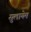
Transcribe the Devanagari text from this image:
सुलायेम